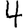
Digit: 4